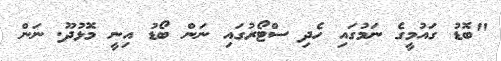
"ބޮޑު ގައުމީގެ ނަމުގައި ހެދި ސްޓޯރުގައި ނަން ބޯޑު އިނީ މޮޅުދޫ. ނަން